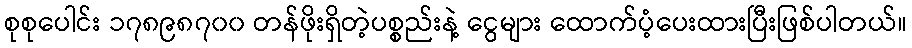
စုစုပေါင်း ၁၇၈၉၈၇၀၀ တန်ဖိုးရှိတဲ့ပစ္စည်းနဲ့ ငွေများ ထောက်ပံ့ပေးထားပြီးဖြစ်ပါတယ်။